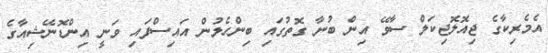
އެމެރިކާގެ ޖިއޮލޮޖިކަލް ސާވޭ އިން ބުނާ ގޮތުގައި ބިންހެލުން އައިސްފައި ވަނީ އިންޑޮނޭޝިއާގެ